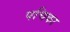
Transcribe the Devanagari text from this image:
पचिका